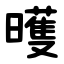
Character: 㬦